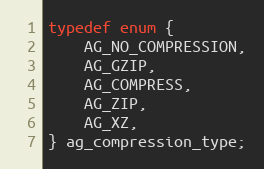
Language: C
typedef enum {
    AG_NO_COMPRESSION,
    AG_GZIP,
    AG_COMPRESS,
    AG_ZIP,
    AG_XZ,
} ag_compression_type;